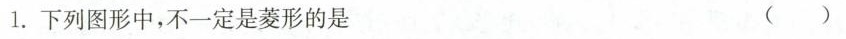
1.下列图形中，不一定是菱形的是 ()